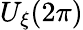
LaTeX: U_{\xi}(2\pi)